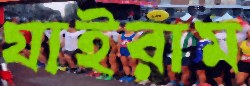
যাইরাম